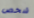
شخص